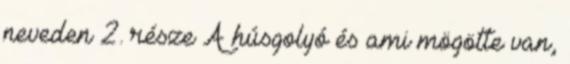
neveden 2. része A húsgolyó és ami mögötte van,